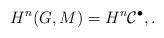
LaTeX: \begin{align*}H^n(G, M) = H^n \mathcal C^\bullet, .\end{align*}